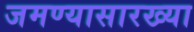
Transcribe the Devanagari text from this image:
जमण्यासारख्या